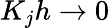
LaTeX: K_{j}h\rightarrow 0